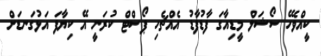
ކީއްވެހޭ ސޯޝަލް މީޑިއާގަ ފާޑުފާޑު އެއްޗެހި ޕޯސްޓް ކުރަނީ އޭ ކިޔާފަ އަޅުގަނޑަށް